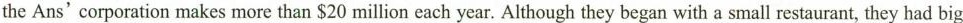
the Ans' corporation makes more than $20 million each year. Although they began with a small restaurant, they had big